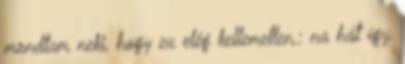
mondtam neki, hogy ez elég kellemetlen.: na hát így.